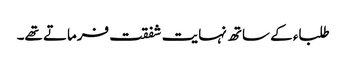
طلباء کے ساتھ نہایت شفقت فرماتے تھے۔